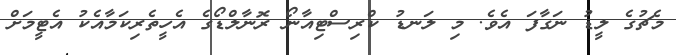
މެޗުގެ ލީޑު ނަގާފަ އެވެ. މި ލަނޑު ކްރިސްޓިއާނޯ ރޮނާލްޑޯގެ އެހީތެރިކަމާއެކު އެޓީމަށް